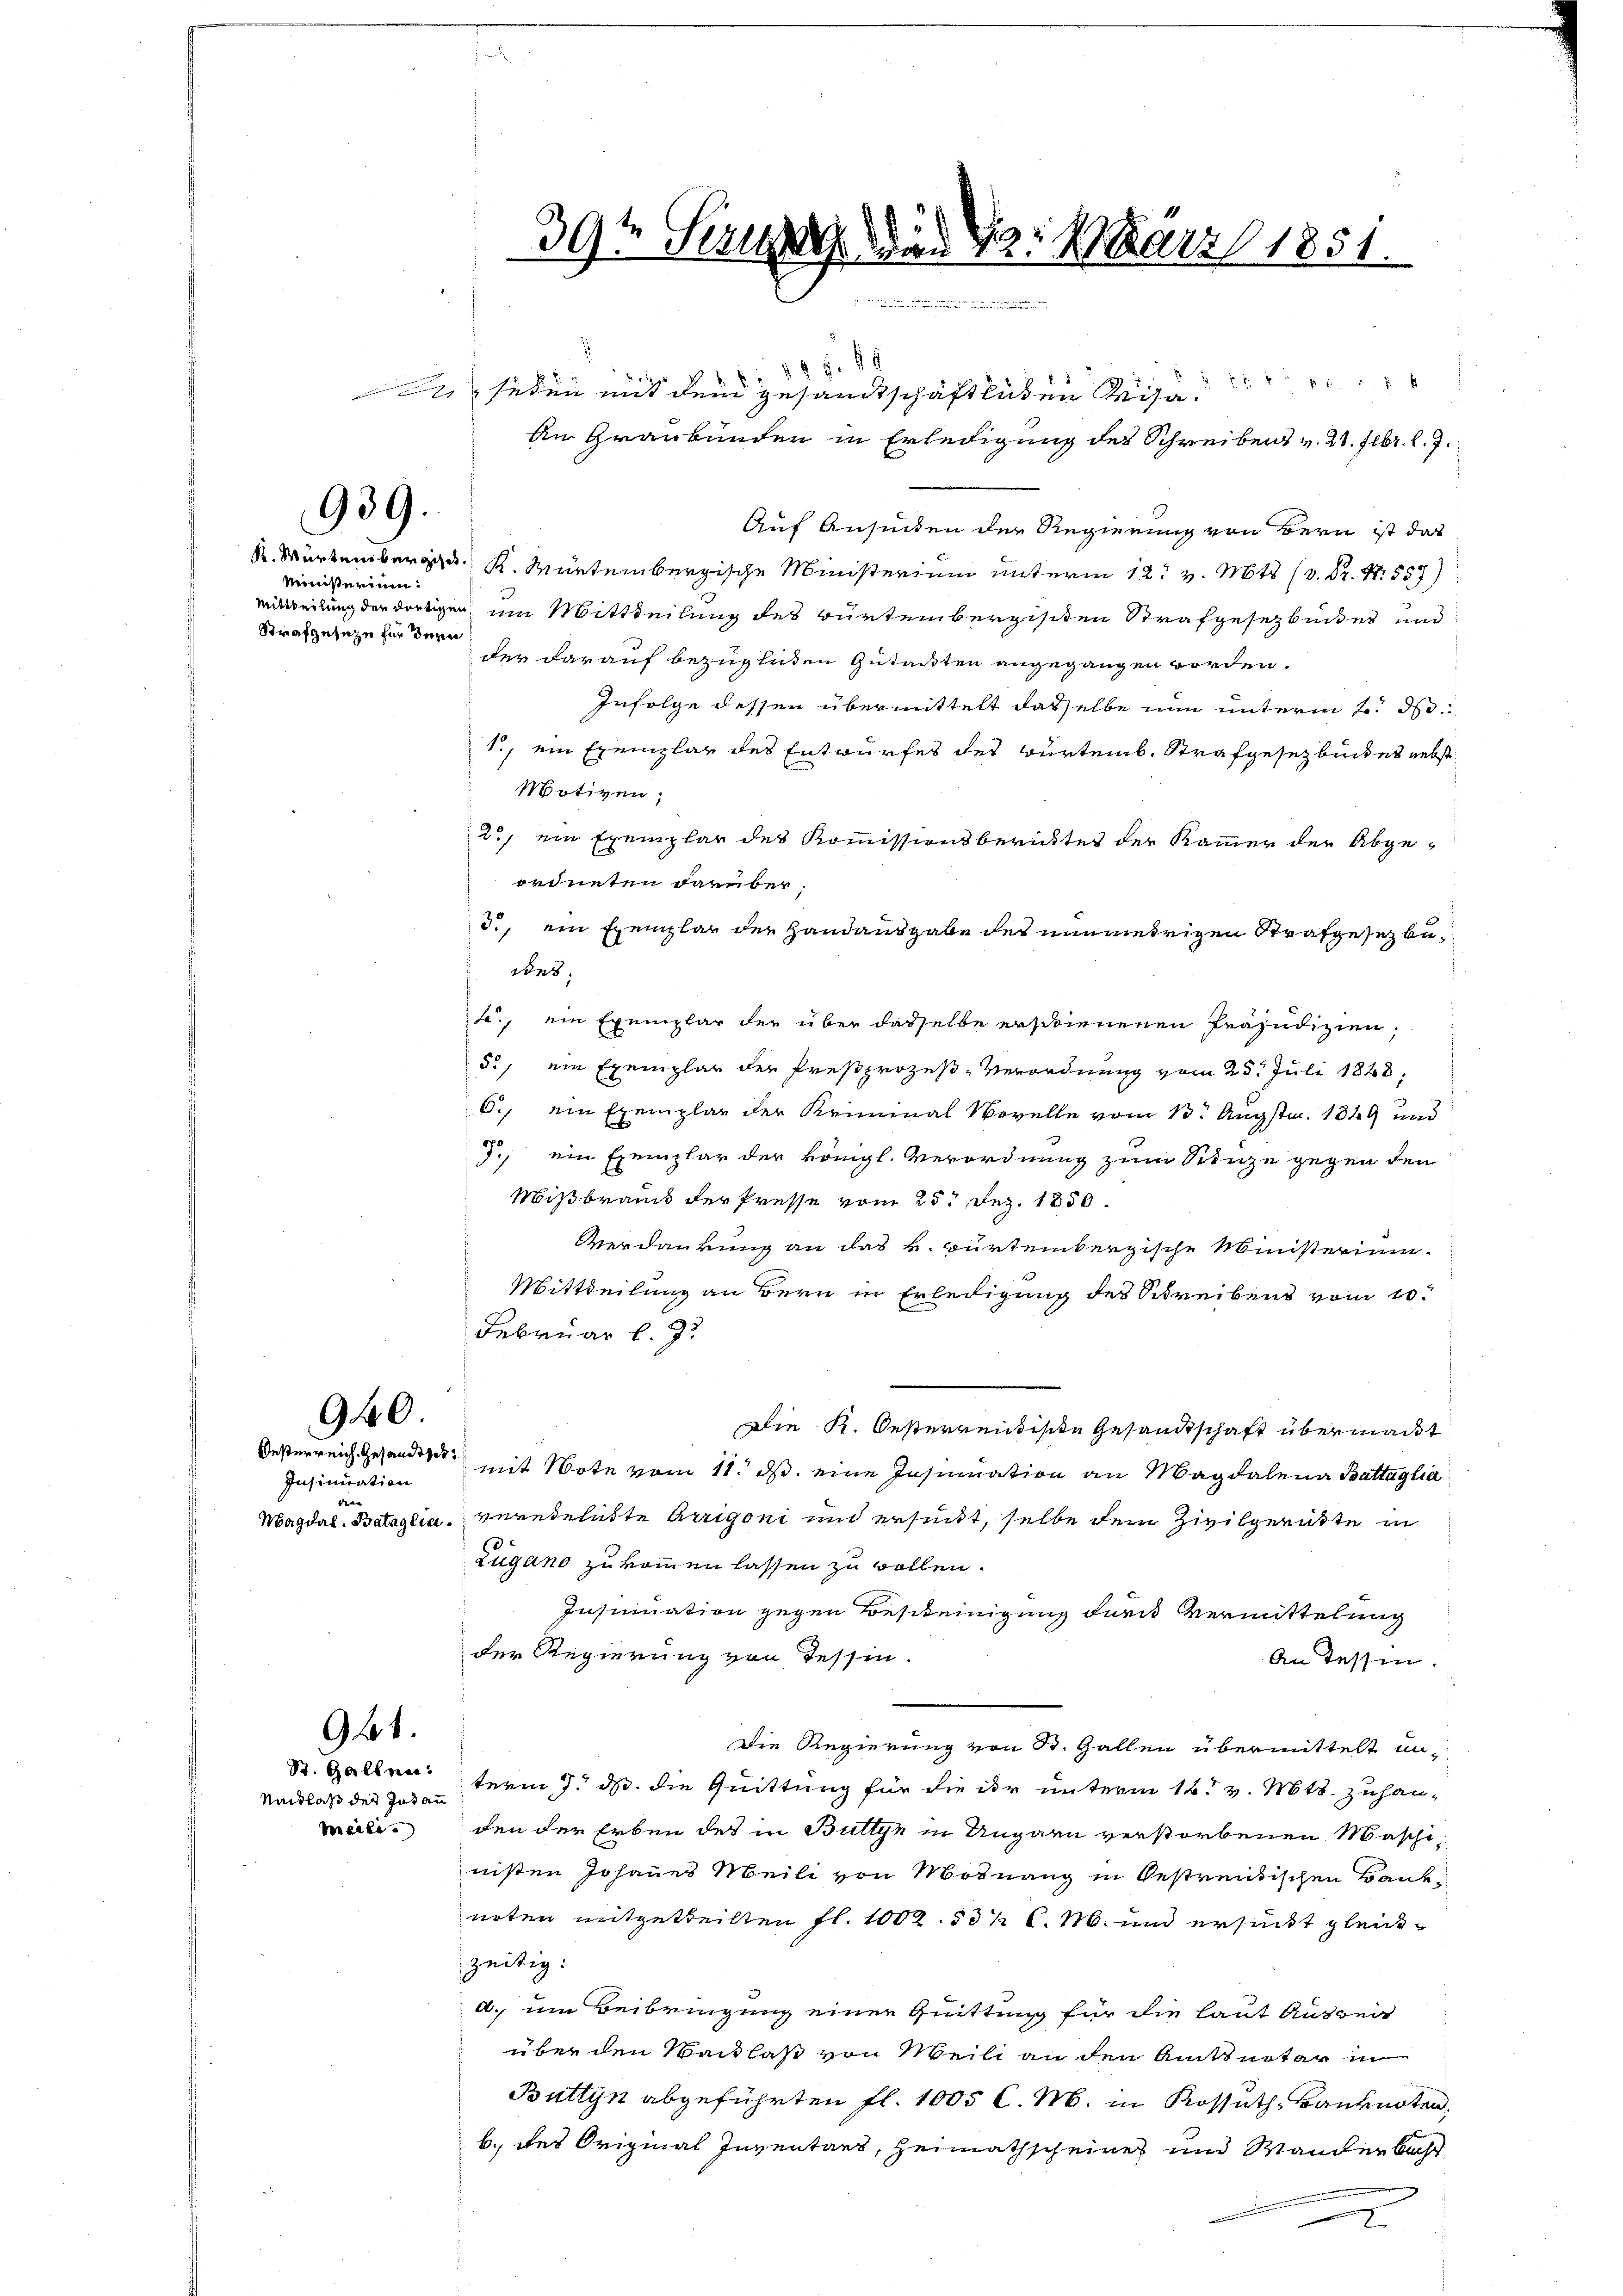
939.

Ministerium.
Strafgeseze für dern

940
Oesterreich Gesandthet

Insinuation
u

Nachlaß der Zutan
meile.

941.
St. Gallen:

39t Sei der N. März 1851.

88 f. 86
 725 f
n jeden mit dem Gesandtschaftlichen Kreisa¬
An Graubünden in Erledigung des Schreibens v. 21. Febr. l. 7.
Auf Ansuchen der Regierung von Bern ist das
 n 1. M. Dr. S. 557)
mittheilung der dortigen im Mittheilung des Bürtembergischen Strafgesetzbuites und
der darauf bezüglichen Gutachten angegangen worden.
Infolge dessen übermittelt dasselbe nun unterm 2. d.
1., ein Exemplar des Entwurfes des würtemb. Strafgesetzbückes nebst
Motiven,
2, ein Exemplar des Kommissionsberichtes der Kammer der Abge-
ordneten darüber.
d., ein Exemplar der Handausgabe der unriedrigen Strafgesetzbusons
f., ein Exemplar der über dasselbe erschienenen Präjudizien,
5., ein Exemplar der Preßprozeß-Verordnung vom 23. Juli 1848,
C., ein Exemplar der Kriminal Wovelle vom 13. Augstm. 1849 und
J., ein Exemplar der königl. Verordnung zum Sitze gegen den
Mißbrauch der Presse vom 25. Dez. 1850.
Verdankung an das k. würtembergische Ministerium.
Mittheilung an Bern in Erledigung des Schreibens vom 10.
Februar l. J.
Die K. Oesterreichische Gesandtschaft übermacht
mit Note vom 11. ds. eine Insumation an Magdalena Battaglia
Magdal-Bataglia, verehelichte Arrigoni und ersundt, selbe dem Zivilgerütte in
Zugano zu kommen lassen zu wollen.
Insinuation gegen Bescheinigung für Vermittelung
der Regierung von Tessin.
An Tessin.
Die Regierung von St. Gallen übermittelt un-
term 7. ds. die Quittung für die ihr unterm 16. v. Mts. zuhanden der Erben des in Büllyn in Ungarn verstorbenen Maschinißen Johannes Meili von Mosnang in bestreidischen Banknoten mitgetheilten fl. 1002. 53 ½ C.M. und ersucht gleichzeitig:
A. um Beibringung einer Quittung für die laut Auswei
über den Sachlaß von Meili an den Amtsurter in
Büttyn abgeführten fl. 1005 C. M. in Kossuth, Banknoten,
b. des Original Inventars, Heimathscheine und Wandenbacht